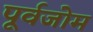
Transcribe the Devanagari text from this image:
पूर्वजोम